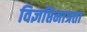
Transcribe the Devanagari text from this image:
विज्ञप्तिमात्रता